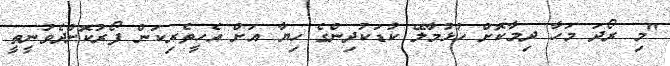
"މި ރޯދަ މަހާ ދިމާކޮށް ހުޅުމާލޭ ކުޑަކުދިންގެ ހިޔާ އަށް އެހީތެރިކަން ފޯރުކޮށްދެވުނީތީ